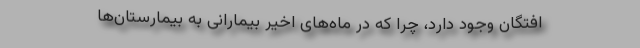
افتگان وجود دارد، چرا که در ماه‌های اخیر بیمارانی به بیمارستان‌ها